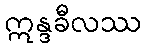
ဣန္ဒခီလဿ